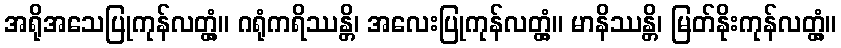
အရိုအသေပြုကုန်လတ္တံ့။ ဂရုံကရိဿန္တိ၊ အလေးပြုကုန်လတ္တံ့။ မာနိဿန္တိ၊ မြတ်နိုးကုန်လတ္တံ့။